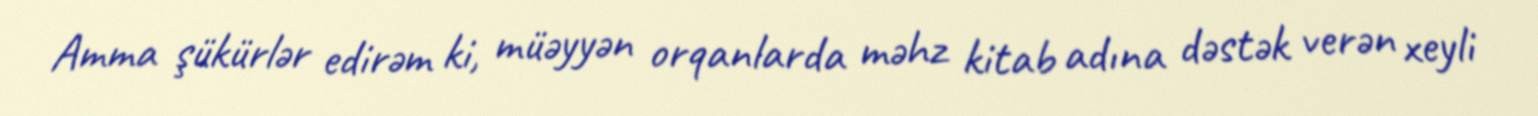
Amma şükürlər edirəm ki, müəyyən orqanlarda məhz kitab adına dəstək verən xeyli